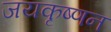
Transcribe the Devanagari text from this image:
जयकृष्णन